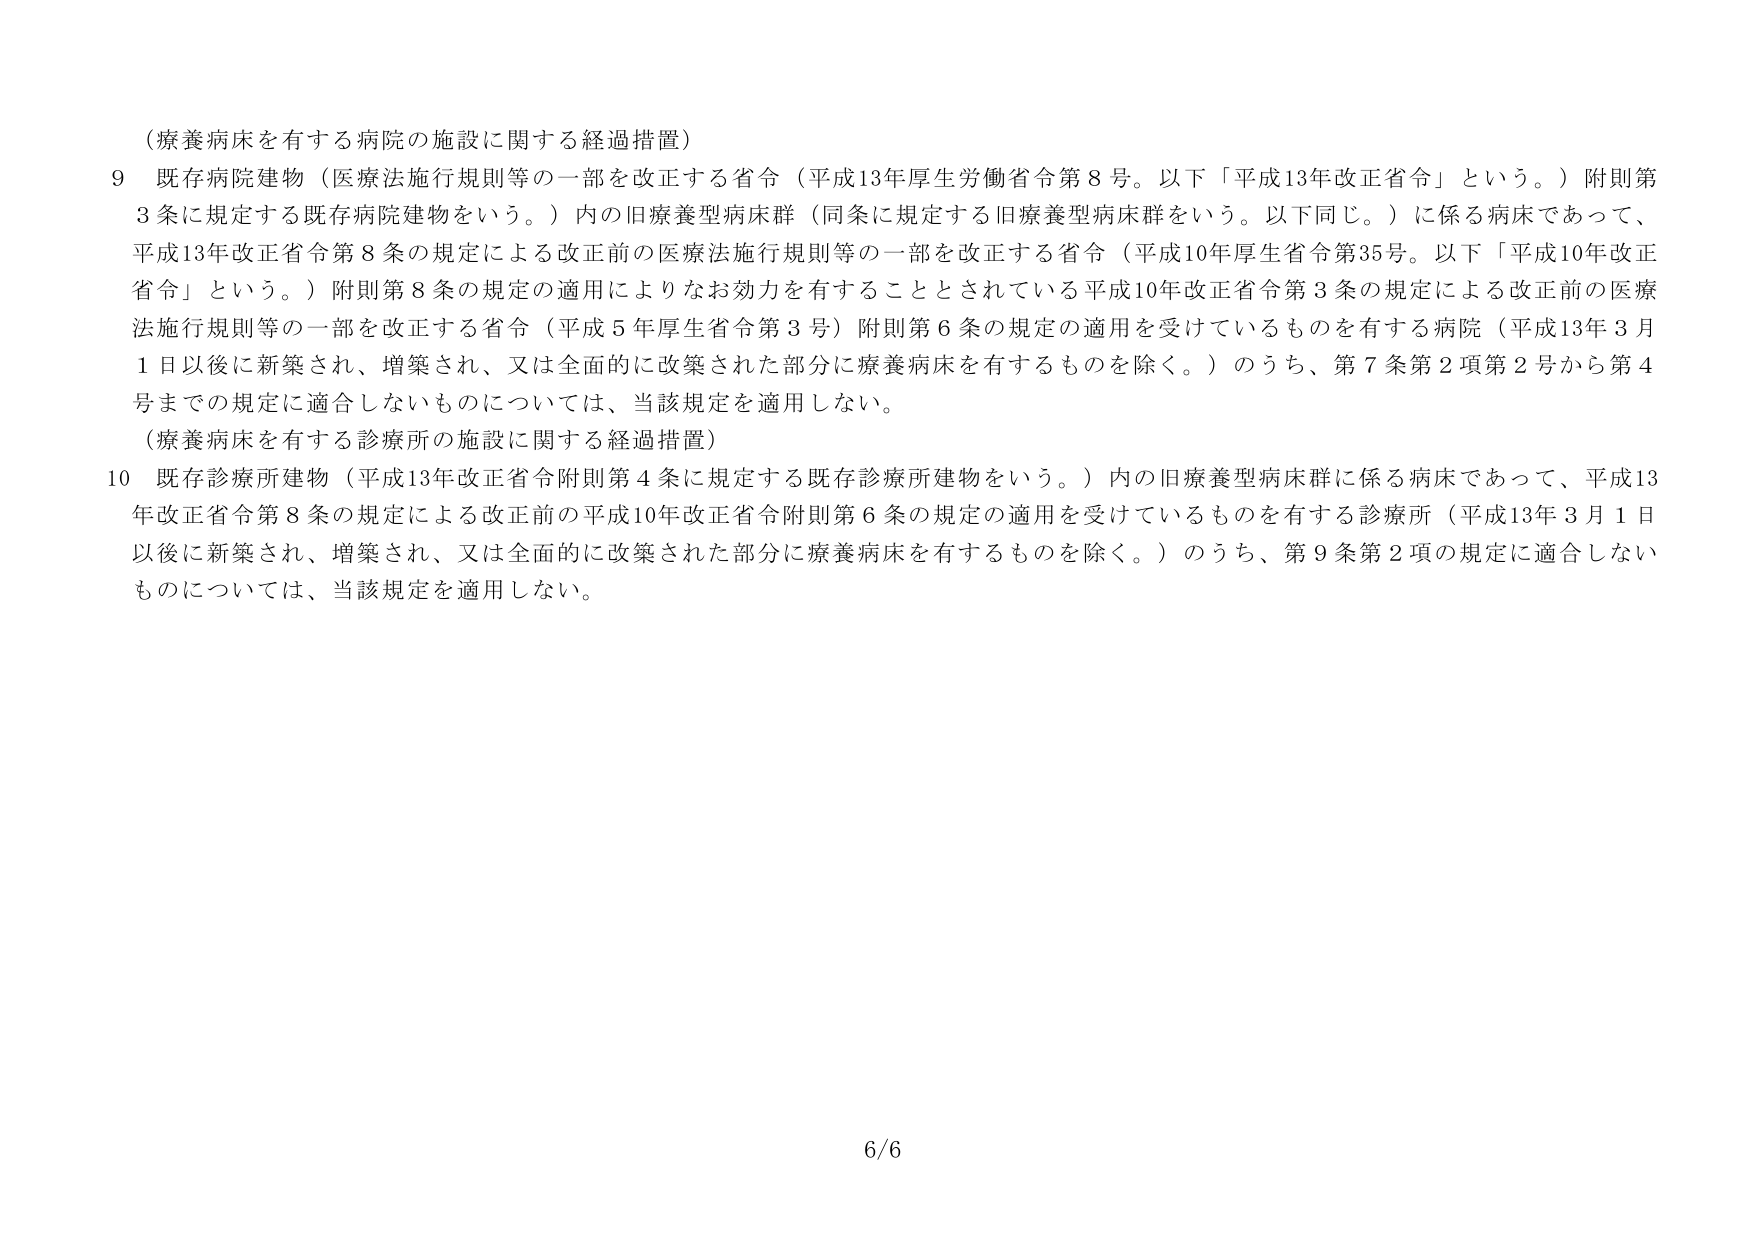
（療養病床を有する病院の施設に関する経過措置）

９ 既存病院建物（医療法施行規則等の一部を改正する省令（平成13年厚生労働省令第8号。以下「平成13年改正省令」という。）附則第3条に規定する既存病院建物をいう。）内の旧療養型病床群（同条に規定する旧療養型病床群をいう。以下同じ。）に係る病床であって、平成13年改正省令第8条の規定による改正前の医療法施行規則等の一部を改正する省令（平成10年厚生省令第35号。以下「平成10年改正省令」という。）附則第8条の規定の適用によりなお効力を有することとされている平成10年改正省令第3条の規定による改正前の医療法施行規則等の一部を改正する省令（平成5年厚生省令第3号）附則第6条の規定の適用を受けているものを有する病院（平成13年3月1日以後に新築され、増築され、又は全面的に改築された部分に療養病床を有するものを除く。）のうち、第7条第2項第2号から第4号までの規定に適合しないものについては、当該規定を適用しない。

（療養病床を有する診療所の施設に関する経過措置）

10 既存診療所建物（平成13年改正省令附則第4条に規定する既存診療所建物をいう。）内の旧療養型病床群に係る病床であって、平成13年改正省令第8条の規定による改正前の平成10年改正省令附則第6条の規定の適用を受けているものを有する診療所（平成13年3月1日以後に新築され、増築され、又は全面的に改築された部分に療養病床を有するものを除く。）のうち、第9条第2項の規定に適合しないものについては、当該規定を適用しない。

6/6